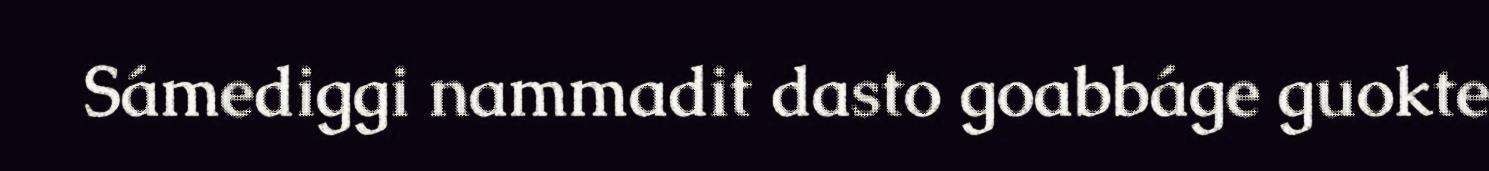
Sámediggi nammadit dasto goabbáge guokte